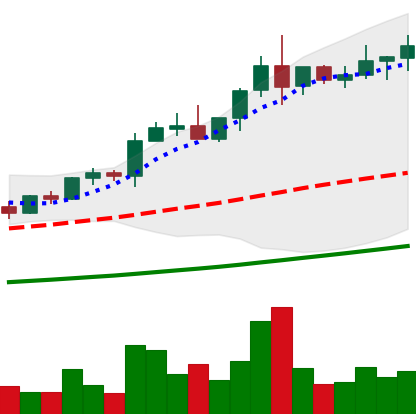
Ticker: NEO-USD
Chart end date: 2021-04-13
Forward return: 77.436%
Label: up_7plus